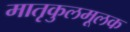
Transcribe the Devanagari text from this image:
मातृकुलमूलक